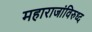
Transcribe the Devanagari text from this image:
महाराजांविरुध्द